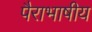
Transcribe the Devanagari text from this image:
पैराभाषीय